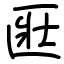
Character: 匨